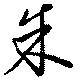
朱